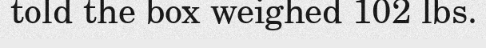
told the box weighed 102 lbs.